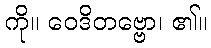
ကို။ ဝေဒိတဗ္ဗော၊ ၏။